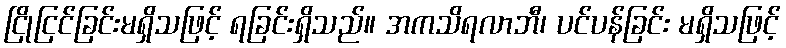
ငြိုငြင်ခြင်းမရှိသဖြင့် ရခြင်းရှိသည်။ အကသိရလာဘီ၊ ပင်ပန်ခြင်း မရှိသဖြင့်